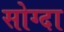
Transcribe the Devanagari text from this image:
सोग्दा